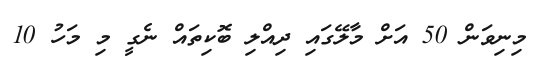
މިނިވަން 50 އަށް މާލޭގައި ދިއްލި ބޮކިތައް ނެގީ މި މަހު 10